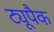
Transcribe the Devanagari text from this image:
ट्यूपैक